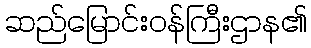
ဆည်မြောင်းဝန်ကြီးဌာန၏